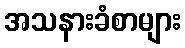
အသနားခံစာများ